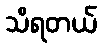
သိရတယ်